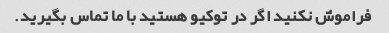
فراموش نکنید اگر در توکیو هستید با ما تماس بگیرید.